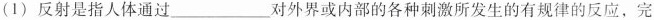
(1) 反射是指人体通过 ___ 对外界或内部的各种刺激所发生的有规律的反应，完